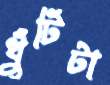
খুঁটিটা